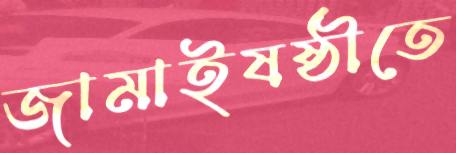
জামাইষষ্ঠীতে